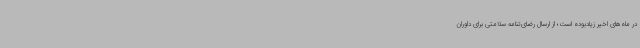
در ماه‌های اخیر زیادبوده است؛ از ارسال رضای‌تنامه سلامتی برای داوران